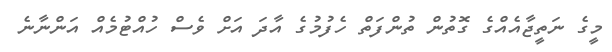
މީގެ ނަތީޖާއެއްގެ ގޮތުން ތުންފަތް ހެފުމުގެ އާދަ އަށް ވެސް ހުއްޓުމެއް އަންނާނެ